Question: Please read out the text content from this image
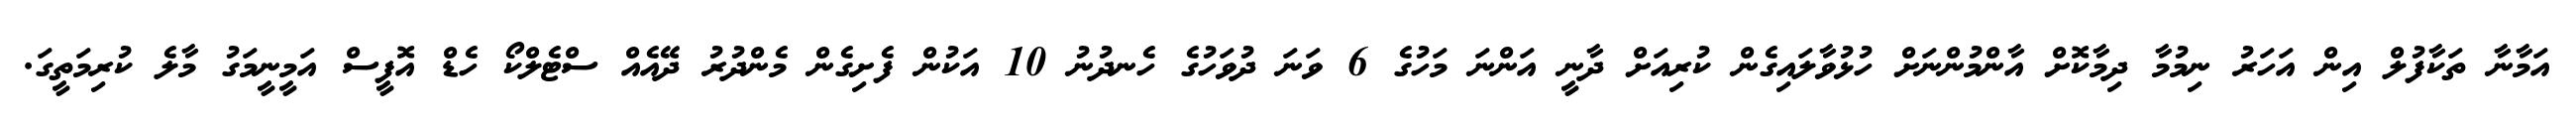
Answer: އަމާނާ ތަކާފުލް އިން އަހަރު ނިމުމާ ދިމާކޮށް އާންމުންނަށް ހުޅުވާލައިގެން ކުރިއަށް ދާނީ އަންނަ މަހުގެ 6 ވަނަ ދުވަހުގެ ހެނދުނު 10 އަކުން ފެށިގެން މެންދުރު ދޭއެއް ސްޓެލްކޯ ހެޑް އޮފީސް އަމީނީމަގު މާލެ ކުރިމަތީގަ.